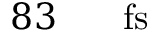
8 3 \ensuremath { \mathrm { ~ \textrm ~ { ~ \, ~ } ~ } } \ensuremath { \mathrm { f s } }